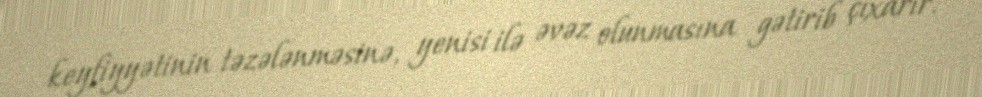
keyfiyyətinin təzələnməsinə, yenisi ilə əvəz olunmasına gətirib çıxarır.